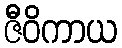
ဇီဝိကာယ